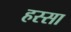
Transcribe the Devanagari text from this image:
हस्सा